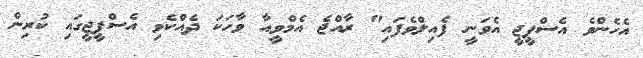
އެހެންވެ އެސްޕީޖީ އެވަނީ ފެއިލްވެފައި" ރާއްޖެ އެމްވީއާ ވާހަކަ ދެއްކެވި އެސްޕީޖީގައި ކުރިން